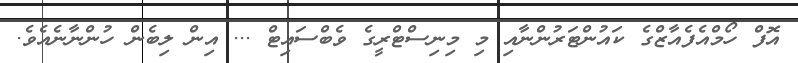
އޮފް ހޯމްއެފެއާޒްގެ ކައުންޓަރުންނާއި މި މިނިސްޓްރީގެ ވެބްސައިޓް ... އިން ލިބެން ހުންނާނެއެވެ.